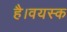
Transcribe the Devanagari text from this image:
है।वयस्क